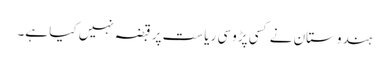
ہندوستان نے کسی پڑوسی ریاست پر قبضہ نہیں کیا ہے۔